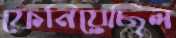
ফেনিয়েছিল